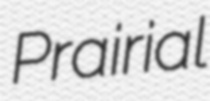
Prairial